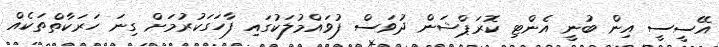
އޭސީސީ އިން ބުނީ އެންޓި ކޮރަޕްޝަން ދުވަސް ފުވައްމުލަކުގައި ފާހަގަކުރުމަށް ގިނަ ހަރަކާތްތަކެއް